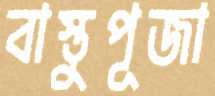
বাস্তুপূজা